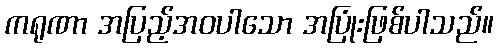
ကရုဏာ အပြည့်အဝပါသော အပြုံးဖြစ်ပါသည်။